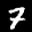
Label: 7